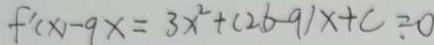
f ^ { \prime } ( x ) - 9 x = 3 x ^ { 2 } + ( 2 b - 9 ) x + c = 0